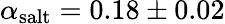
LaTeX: \alpha_{\textrm{salt}}=0.18\pm 0.02